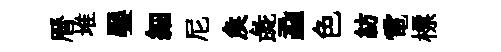
曆堆饜細尼矦彘蝨色紡電標